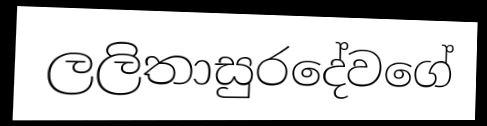
ලලිතාසුරදේවගේ